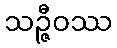
သဉ္ဇီဝဿ